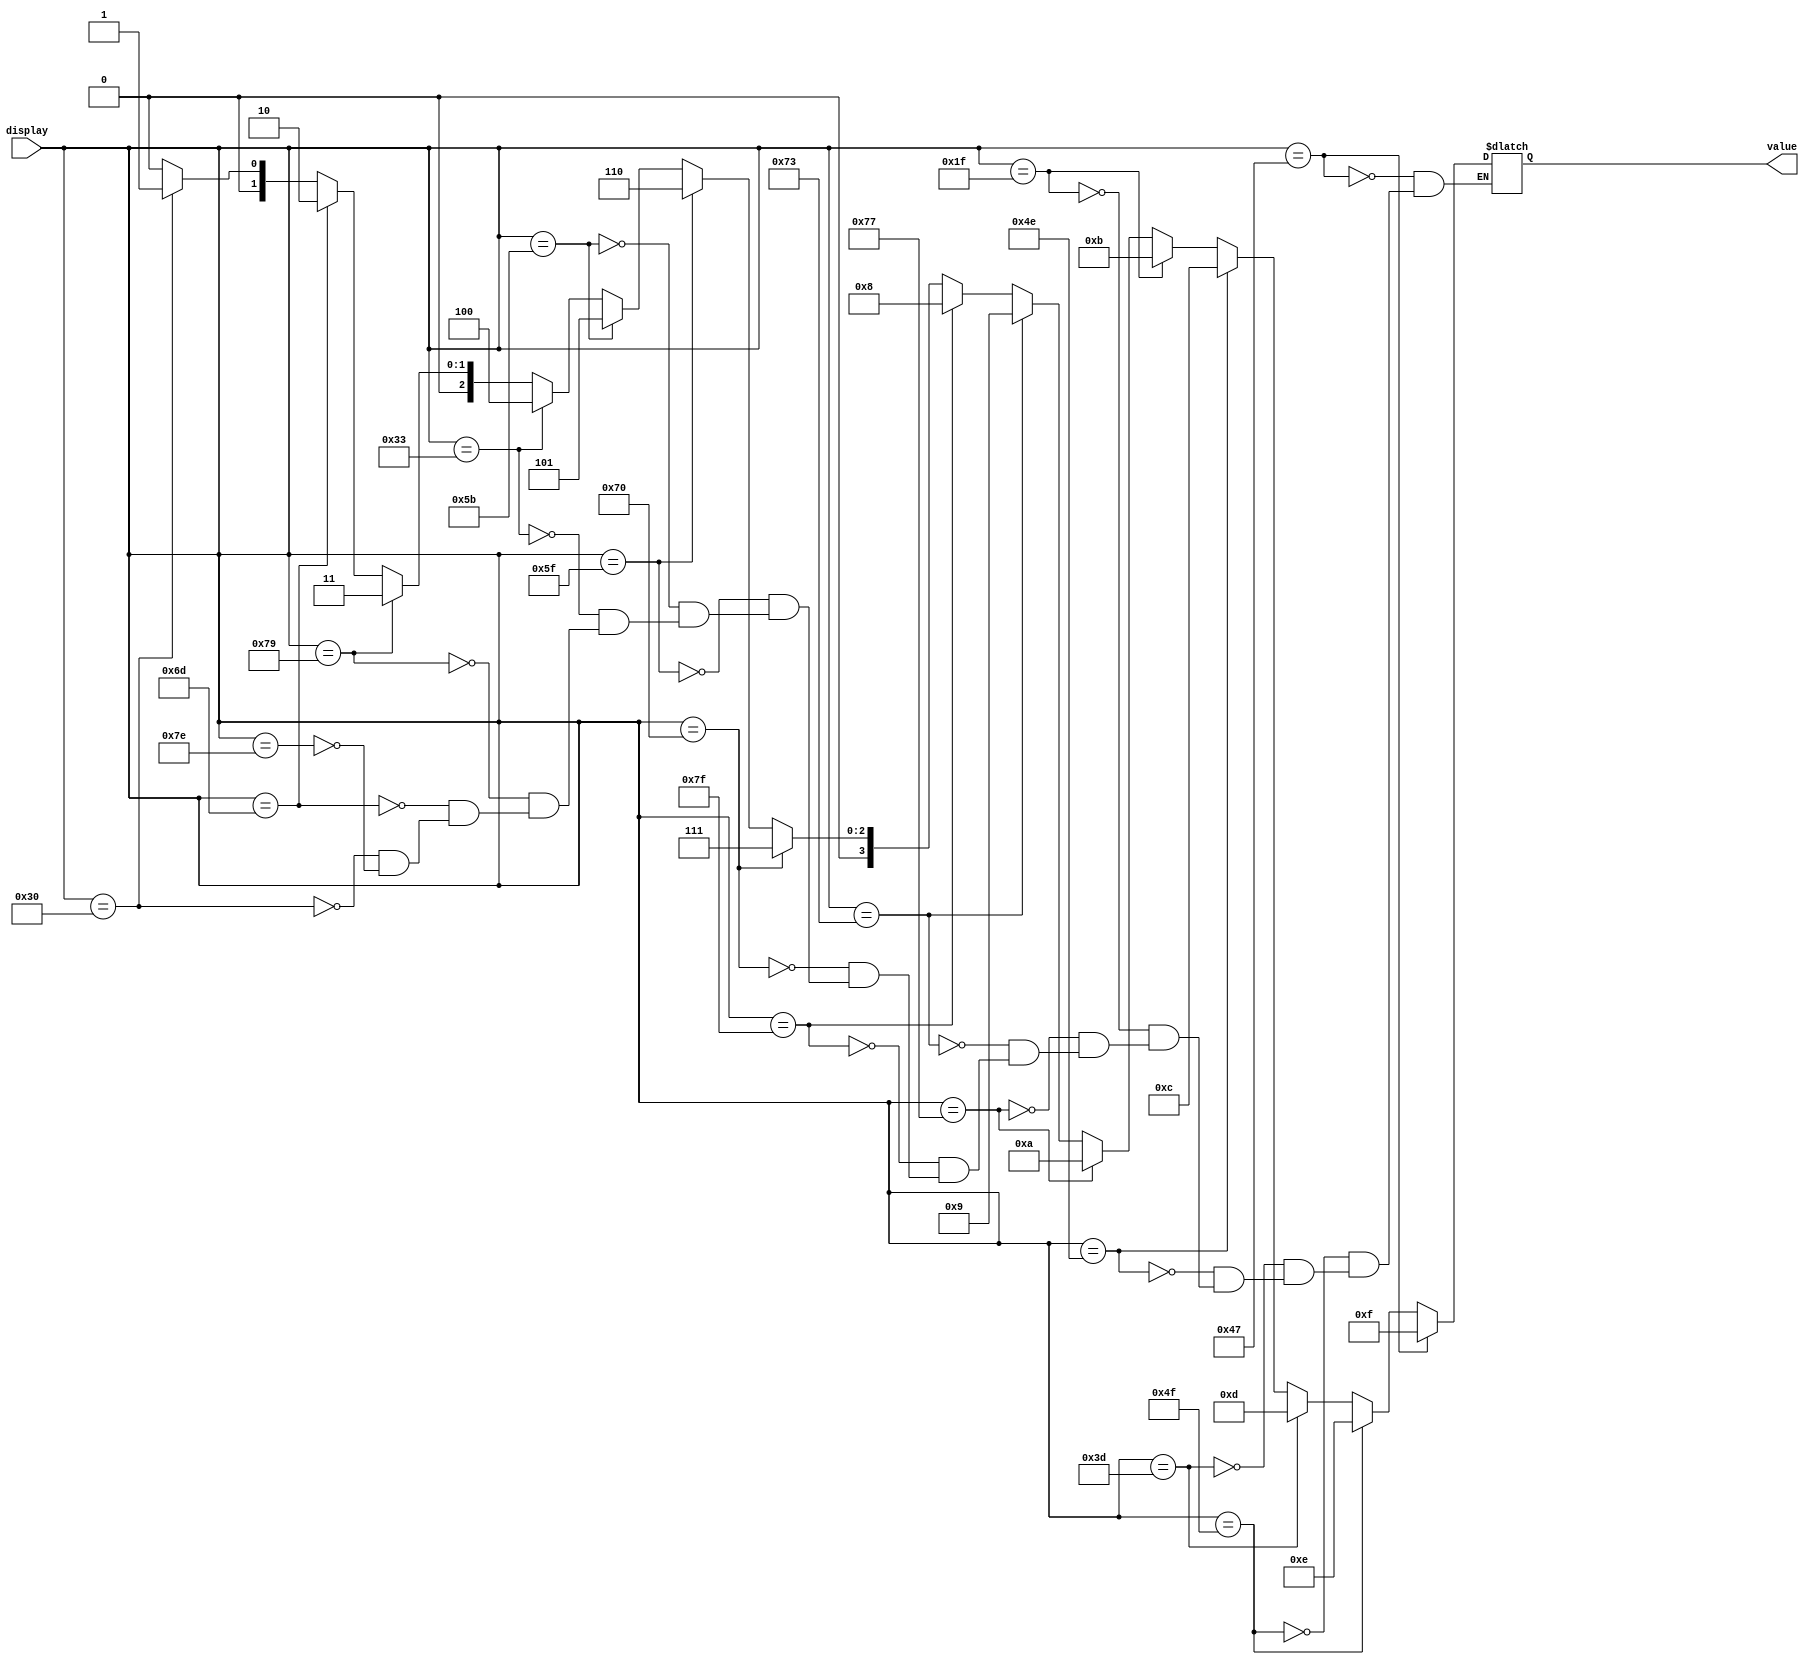
module Seven_Segment_Display (display, value);
	
	input [6:0] display;
	output reg [3:0] value;
	
	always @ (display) begin
		if (display == 7'b1111110)
			value <= 0;
		if (display == 7'b0110000)
			value <= 1;
		if (display == 7'b1101101)
			value <= 2;
		if (display == 7'b1111001)
			value <= 3;
		if (display == 7'b0110011)
			value <= 4;
		if (display == 7'b1011011)
			value <= 5;
		if (display == 7'b1011111)
			value <= 6;
		if (display == 7'b1110000)
			value <= 7;
		if (display == 7'b1111111)
			value <= 8;
		if (display == 7'b1110011)
			value <= 9;
		if (display == 7'b1110111)
			value <= 10;
		if (display == 7'b0011111)
			value <= 11;
		if (display == 7'b1001110)
			value <= 12;
		if (display == 7'b0111101)
			value <= 13;
		if (display == 7'b1001111)
			value <= 14;
		if (display == 7'b1000111)
			value <= 15;
	end
endmodule
module Test_Bench;
	
	reg [6:0] display;
	wire [3:0] value;

	Seven_Segment_Display SSD (display, value);

	initial begin
		display = 7'b1111110; # 10 // 0
		display = 7'b0110000; # 10 // 1
		display = 7'b1101101; # 10 // 2
		display = 7'b1111001; # 10 // 3
		display = 7'b0110011; # 10 // 4
		display = 7'b1011011; # 10 // 5
		display = 7'b1011111; # 10 // 6
		display = 7'b1110000; # 10 // 7
		display = 7'b1111111; # 10 // 8
		display = 7'b1110011; # 10 // 9
		display = 7'b1110111; # 10 // A
		display = 7'b0011111; # 10 // B
		display = 7'b1001110; # 10 // C
		display = 7'b0111101; # 10 // D
		display = 7'b1001111; # 10 // E
		display = 7'b1000111; # 10 // F
		$finish;
	end

	initial
		$monitor("display = %b -> value = %h", display, value); 
endmodule